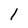
Character: l